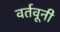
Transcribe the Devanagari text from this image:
वर्तवूनी